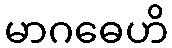
မာဂဓေဟိ